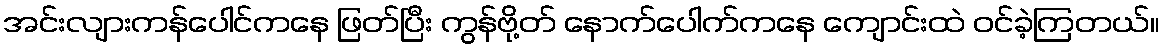
အင်းလျားကန်ပေါင်ကနေ ဖြတ်ပြီး ကွန်ဗို့တ် နောက်ပေါက်ကနေ ကျောင်းထဲ ဝင်ခဲ့ကြတယ်။